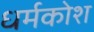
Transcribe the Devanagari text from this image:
धर्मकोश